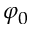
\varphi _ { 0 }